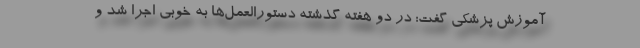
آموزش پزشکی گفت: در دو هفته گذشته دستورالعمل‌ها به خوبی اجرا شد و